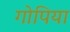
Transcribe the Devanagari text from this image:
गोपिया